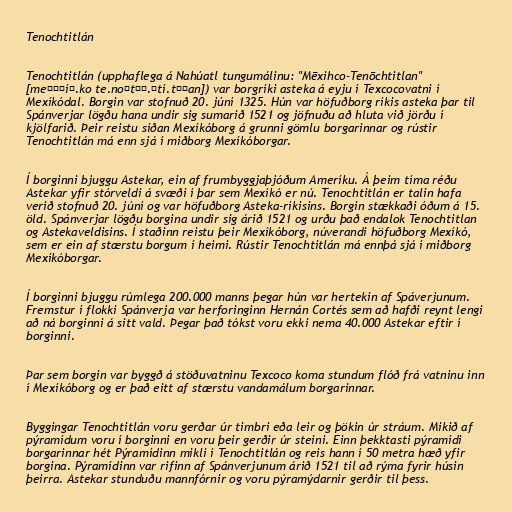
Tenochtitlán

Tenochtitlán (upphaflega á Nahúatl tungumálinu: "Mēxihco-Tenōchtitlan"
[meːˈʃíʔ.ko te.noːt͡ʃ.ˈtí.t͡ɬan]) var borgríki asteka á eyju í Texcocovatni í
Mexíkódal. Borgin var stofnuð 20. júní 1325. Hún var höfuðborg ríkis asteka þar til
Spánverjar lögðu hana undir sig sumarið 1521 og jöfnuðu að hluta við jörðu í
kjölfarið. Þeir reistu síðan Mexíkóborg á grunni gömlu borgarinnar og rústir
Tenochtitlán má enn sjá í miðborg Mexíkóborgar.

Í borginni bjuggu Astekar, ein af frumbyggjaþjóðum Ameríku. Á þeim tíma réðu
Astekar yfir stórveldi á svæði í þar sem Mexíkó er nú. Tenochtitlán er talin hafa
verið stofnuð 20. júní og var höfuðborg Asteka-ríkisins. Borgin stækkaði óðum á 15.
öld. Spánverjar lögðu borgina undir sig árið 1521 og urðu það endalok Tenochtitlan
og Astekaveldisins. Í staðinn reistu þeir Mexíkóborg, núverandi höfuðborg Mexíkó,
sem er ein af stærstu borgum í heimi. Rústir Tenochtitlán má ennþá sjá í miðborg
Mexíkóborgar.

Í borginni bjuggu rúmlega 200.000 manns þegar hún var hertekin af Spáverjunum.
Fremstur í flokki Spánverja var herforinginn Hernán Cortés sem að hafði reynt lengi
að ná borginni á sitt vald. Þegar það tókst voru ekki nema 40.000 Astekar eftir í
borginni.

Þar sem borgin var byggð á stöðuvatninu Texcoco koma stundum flóð frá vatninu inn
í Mexíkóborg og er það eitt af stærstu vandamálum borgarinnar.

Byggingar Tenochtitlán voru gerðar úr timbri eða leir og þökin úr stráum. Mikið af
pýramídum voru í borginni en voru þeir gerðir úr steini. Einn þekktasti pýramídi
borgarinnar hét Pýramídinn mikli í Tenochtitlán og reis hann í 50 metra hæð yfir
borgina. Pýramídinn var rifinn af Spánverjunum árið 1521 til að rýma fyrir húsin
þeirra. Astekar stunduðu mannfórnir og voru pýramýdarnir gerðir til þess.